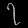
Digit: ၇